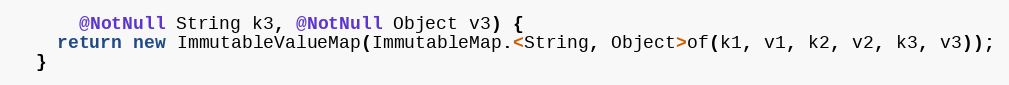
Language: Java
      @NotNull String k3, @NotNull Object v3) {
    return new ImmutableValueMap(ImmutableMap.<String, Object>of(k1, v1, k2, v2, k3, v3));
  }